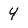
Character: 4